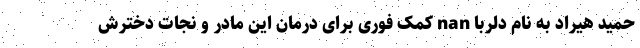
حمید هیراد به نام دلربا nan کمک فوری برای درمان این مادر و نجات دخترش